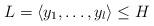
LaTeX: \begin{align*} L = \langle y_1, \ldots, y_l \rangle \le H \end{align*}